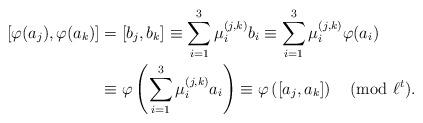
LaTeX: \begin{align*}\begin{aligned}\phantom{.}[\varphi(a_j),\varphi(a_k)] & =[b_j,b_k] \equiv \sum_{i=1}^3 \mu_i^{(j,k)} b_i \equiv \sum_{i=1}^3 \mu_i^{(j,k)} \varphi(a_i) \\ & \equiv \varphi \left( \sum_{i=1}^3 \mu_i^{(j,k)} a_i \right) \equiv \varphi\left( [a_j,a_k] \right) \pmod{\ell^t}.\end{aligned}\end{align*}